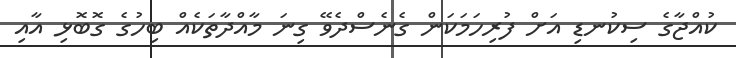
ކުއްޖާގެ ސިކުނޑި އަށް ފުރިހަމަކަން ގެނެސްދެވޭ ގިނަ މާއްދާތަކެއް ބިހުގެ ގޮބޮޅި އާއި